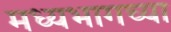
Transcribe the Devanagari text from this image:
मध्‍यभागच्या